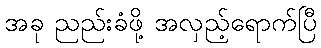
အခု ညည်းခံဖို့ အလှည့်ရောက်ပြီ